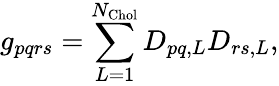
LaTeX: g_{pqrs}=\sum_{L=1}^{N_{\mathrm{Chol}}}D_{pq,L}D_{rs,L},